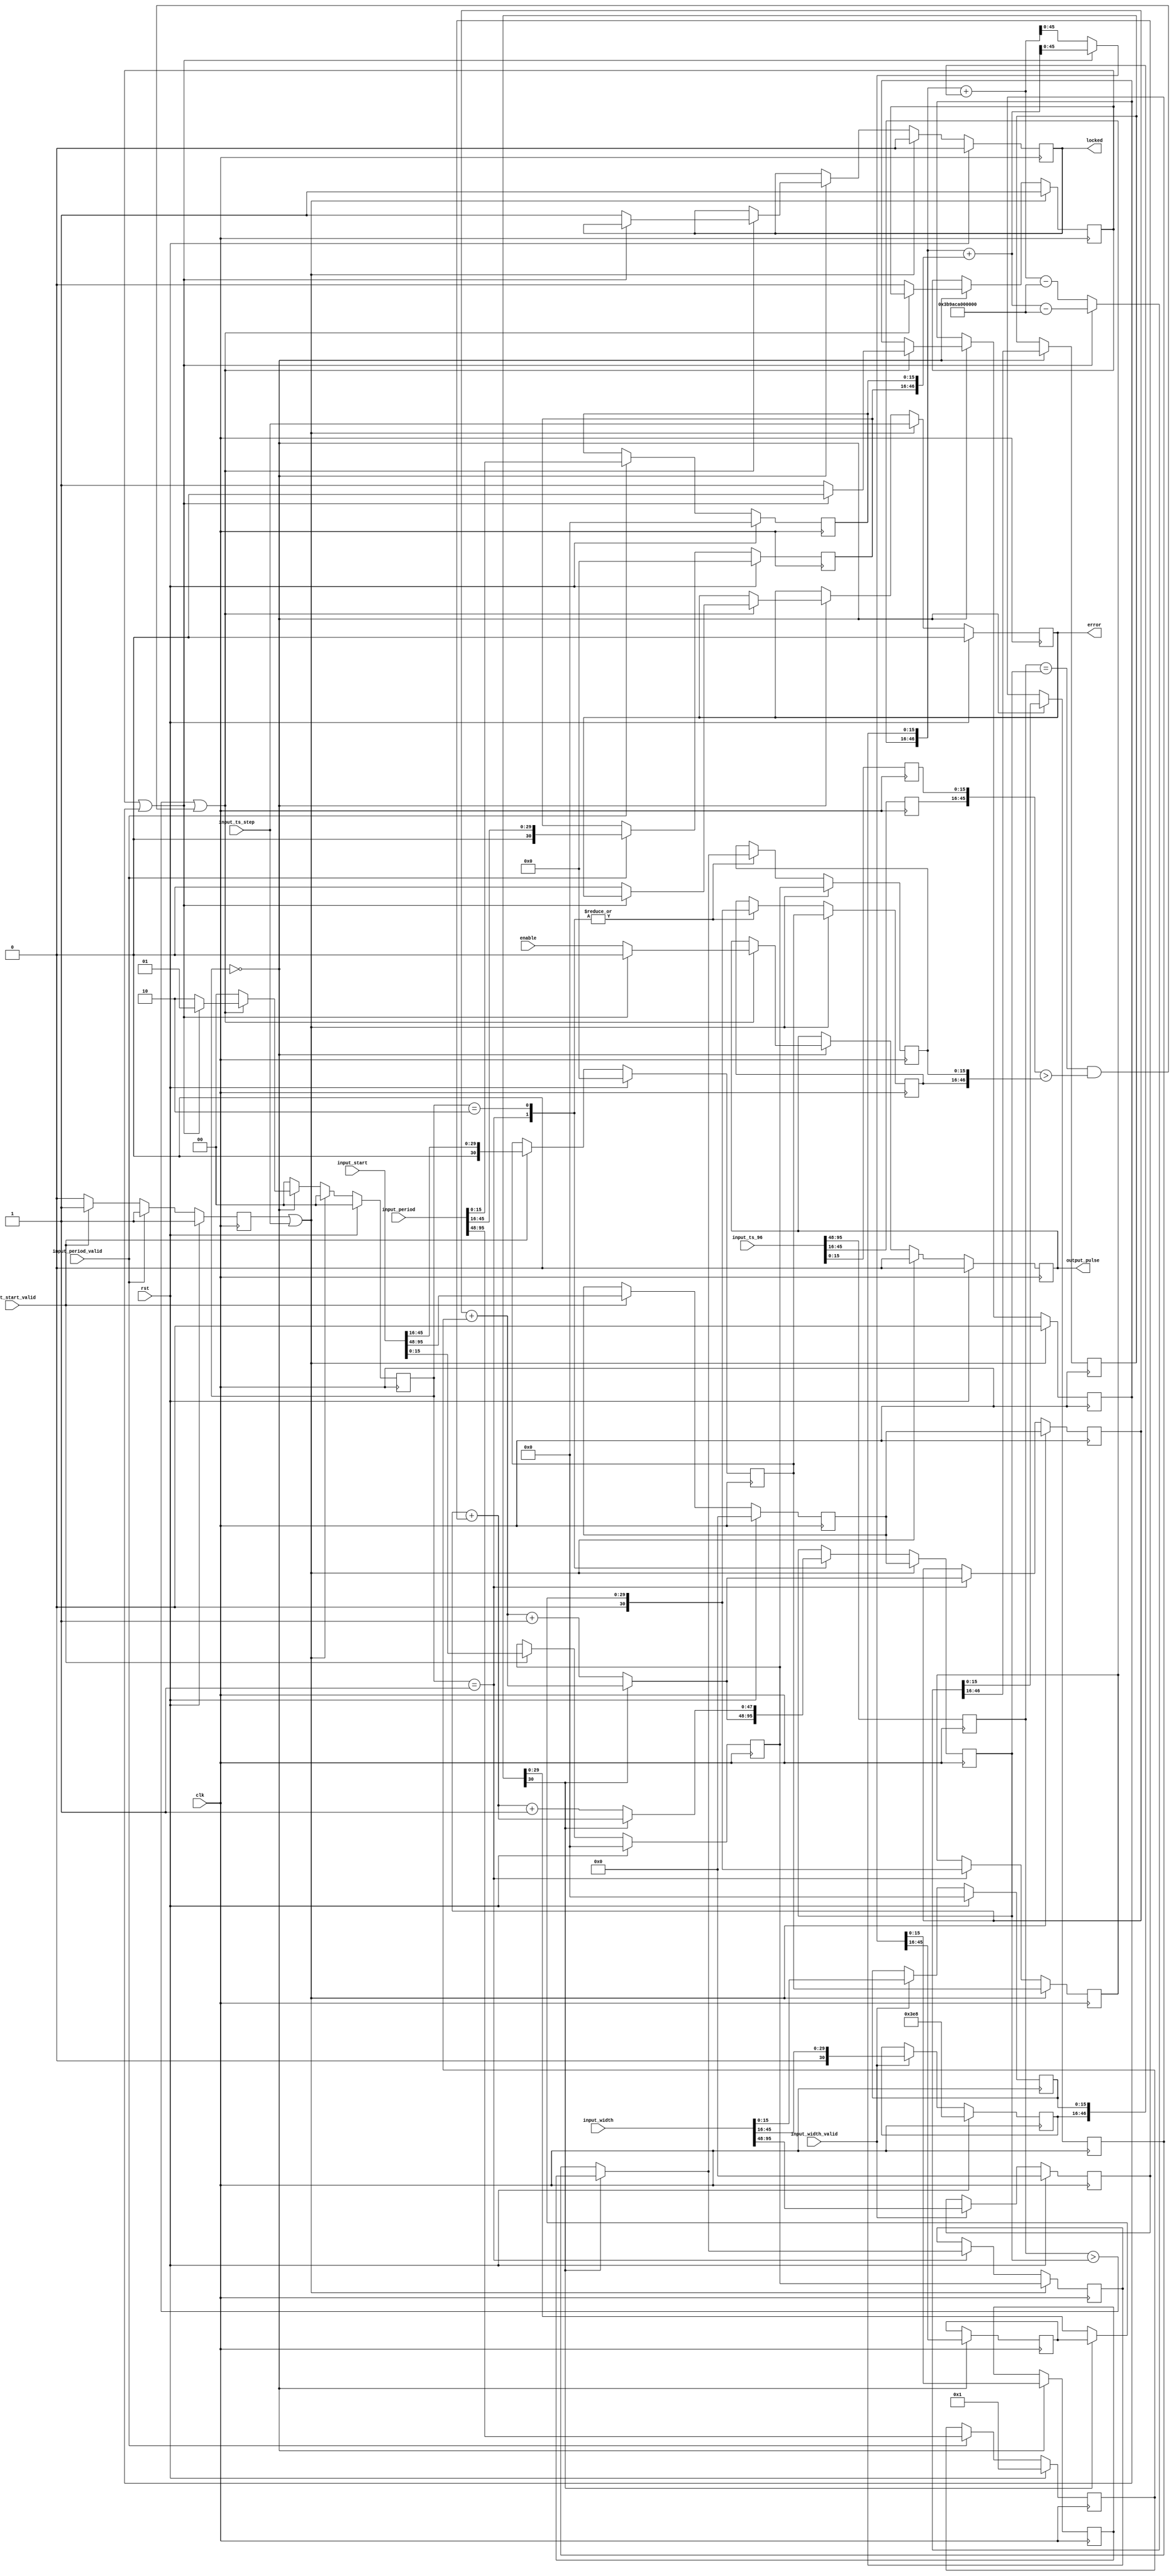
// This program was cloned from: https://github.com/alexforencich/verilog-ethernet
// License: MIT License

/*

Copyright (c) 2019-2024 Alex Forencich

Permission is hereby granted, free of charge, to any person obtaining a copy
of this software and associated documentation files (the "Software"), to deal
in the Software without restriction, including without limitation the rights
to use, copy, modify, merge, publish, distribute, sublicense, and/or sell
copies of the Software, and to permit persons to whom the Software is
furnished to do so, subject to the following conditions:

The above copyright notice and this permission notice shall be included in
all copies or substantial portions of the Software.

THE SOFTWARE IS PROVIDED "AS IS", WITHOUT WARRANTY OF ANY KIND, EXPRESS OR
IMPLIED, INCLUDING BUT NOT LIMITED TO THE WARRANTIES OF MERCHANTABILITY
FITNESS FOR A PARTICULAR PURPOSE AND NONINFRINGEMENT. IN NO EVENT SHALL THE
AUTHORS OR COPYRIGHT HOLDERS BE LIABLE FOR ANY CLAIM, DAMAGES OR OTHER
LIABILITY, WHETHER IN AN ACTION OF CONTRACT, TORT OR OTHERWISE, ARISING FROM,
OUT OF OR IN CONNECTION WITH THE SOFTWARE OR THE USE OR OTHER DEALINGS IN
THE SOFTWARE.

*/

// Language: Verilog 2001

`resetall
`timescale 1ns / 1ps
`default_nettype none

/*
 * PTP period out module
 */
module ptp_perout #
(
    parameter FNS_ENABLE = 1,
    parameter OUT_START_S = 48'h0,
    parameter OUT_START_NS = 30'h0,
    parameter OUT_START_FNS = 16'h0000,
    parameter OUT_PERIOD_S = 48'd1,
    parameter OUT_PERIOD_NS = 30'd0,
    parameter OUT_PERIOD_FNS = 16'h0000,
    parameter OUT_WIDTH_S = 48'h0,
    parameter OUT_WIDTH_NS = 30'd1000,
    parameter OUT_WIDTH_FNS = 16'h0000
)
(
    input  wire         clk,
    input  wire         rst,

    /*
     * Timestamp input from PTP clock
     */
    input  wire [95:0]  input_ts_96,
    input  wire         input_ts_step,

    /*
     * Control
     */
    input  wire         enable,
    input  wire [95:0]  input_start,
    input  wire         input_start_valid,
    input  wire [95:0]  input_period,
    input  wire         input_period_valid,
    input  wire [95:0]  input_width,
    input  wire         input_width_valid,

    /*
     * Status
     */
    output wire         locked,
    output wire         error,

    /*
     * Pulse output
     */
    output wire         output_pulse
);

localparam [1:0]
    STATE_IDLE = 3'd0,
    STATE_UPDATE_RISE = 3'd1,
    STATE_UPDATE_FALL = 3'd2;

reg [1:0] state_reg = STATE_IDLE, state_next;

reg [47:0] time_s_reg = 0;
reg [30:0] time_ns_reg = 0;
reg [15:0] time_fns_reg = 0;

reg [47:0] next_rise_s_reg = 0, next_rise_s_next;
reg [30:0] next_rise_ns_reg = 0, next_rise_ns_next;
reg [15:0] next_rise_fns_reg = 0, next_rise_fns_next;

reg [47:0] next_edge_s_reg = 0, next_edge_s_next;
reg [30:0] next_edge_ns_reg = 0, next_edge_ns_next;
reg [15:0] next_edge_fns_reg = 0, next_edge_fns_next;

reg [47:0] start_s_reg = OUT_START_S;
reg [30:0] start_ns_reg = OUT_START_NS;
reg [15:0] start_fns_reg = OUT_START_FNS;

reg [47:0] period_s_reg = OUT_PERIOD_S;
reg [30:0] period_ns_reg = OUT_PERIOD_NS;
reg [15:0] period_fns_reg = OUT_PERIOD_FNS;

reg [47:0] width_s_reg = OUT_WIDTH_S;
reg [30:0] width_ns_reg = OUT_WIDTH_NS;
reg [15:0] width_fns_reg = OUT_WIDTH_FNS;

reg [29:0] ts_96_ns_inc_reg = 0, ts_96_ns_inc_next;
reg [15:0] ts_96_fns_inc_reg = 0, ts_96_fns_inc_next;
reg [30:0] ts_96_ns_ovf_reg = 0, ts_96_ns_ovf_next;
reg [15:0] ts_96_fns_ovf_reg = 0, ts_96_fns_ovf_next;

reg restart_reg = 1'b1;
reg locked_reg = 1'b0, locked_next;
reg error_reg = 1'b0, error_next;
reg ffwd_reg = 1'b0, ffwd_next;
reg level_reg = 1'b0, level_next;
reg output_reg = 1'b0, output_next;

assign locked = locked_reg;
assign error = error_reg;
assign output_pulse = output_reg;

always @* begin
    state_next = STATE_IDLE;

    next_rise_s_next = next_rise_s_reg;
    next_rise_ns_next = next_rise_ns_reg;
    next_rise_fns_next = next_rise_fns_reg;

    next_edge_s_next = next_edge_s_reg;
    next_edge_ns_next = next_edge_ns_reg;
    next_edge_fns_next = next_edge_fns_reg;

    ts_96_ns_inc_next = ts_96_ns_inc_reg;
    ts_96_fns_inc_next = ts_96_fns_inc_reg;

    ts_96_ns_ovf_next = ts_96_ns_ovf_reg;
    ts_96_fns_ovf_next = ts_96_fns_ovf_reg;

    locked_next = locked_reg;
    error_next = error_reg;
    ffwd_next = ffwd_reg;
    level_next = level_reg;
    output_next = output_reg;

    case (state_reg)
        STATE_IDLE: begin
            if (ffwd_reg || level_reg) begin
                // fast forward or falling edge, set up for next rising edge
                // set next rise time to previous rise time plus period
                {ts_96_ns_inc_next, ts_96_fns_inc_next} = {next_rise_ns_reg, next_rise_fns_reg} + {period_ns_reg, period_fns_reg};
                {ts_96_ns_ovf_next, ts_96_fns_ovf_next} = {next_rise_ns_reg, next_rise_fns_reg} + {period_ns_reg, period_fns_reg} - {31'd1_000_000_000, 16'd0};
            end else begin
                // rising edge; set up for next falling edge
                // set next fall time to previous rise time plus width
                {ts_96_ns_inc_next, ts_96_fns_inc_next} = {next_rise_ns_reg, next_rise_fns_reg} + {width_ns_reg, width_fns_reg};
                {ts_96_ns_ovf_next, ts_96_fns_ovf_next} = {next_rise_ns_reg, next_rise_fns_reg} + {width_ns_reg, width_fns_reg} - {31'd1_000_000_000, 16'd0};
            end

            // wait for edge
            if ((time_s_reg > next_edge_s_reg) || (time_s_reg == next_edge_s_reg && {time_ns_reg, time_fns_reg} > {next_edge_ns_reg, next_edge_fns_reg})) begin
                if (ffwd_reg || level_reg) begin
                    // fast forward or falling edge, set up for next rising edge
                    output_next = 1'b0;
                    level_next = 1'b0;
                    state_next = STATE_UPDATE_RISE;
                end else begin
                    // rising edge; set up for next falling edge
                    locked_next = 1'b1;
                    error_next = 1'b0;
                    output_next = enable;
                    level_next = 1'b1;
                    state_next = STATE_UPDATE_FALL;
                end
            end else begin
                ffwd_next = 1'b0;
                state_next = STATE_IDLE;
            end
        end
        STATE_UPDATE_RISE: begin
            if (!ts_96_ns_ovf_reg[30]) begin
                // if the overflow lookahead did not borrow, one second has elapsed
                next_edge_s_next = next_rise_s_reg + period_s_reg + 1;
                next_edge_ns_next = ts_96_ns_ovf_reg;
                next_edge_fns_next = ts_96_fns_ovf_reg;
            end else begin
                // no increment seconds field
                next_edge_s_next = next_rise_s_reg + period_s_reg;
                next_edge_ns_next = ts_96_ns_inc_reg;
                next_edge_fns_next = ts_96_fns_inc_reg;
            end
            next_rise_s_next = next_edge_s_next;
            next_rise_ns_next = next_edge_ns_next;
            next_rise_fns_next = next_edge_fns_next;
            state_next = STATE_IDLE;
        end
        STATE_UPDATE_FALL: begin
            if (!ts_96_ns_ovf_reg[30]) begin
                // if the overflow lookahead did not borrow, one second has elapsed
                next_edge_s_next = next_rise_s_reg + width_s_reg + 1;
                next_edge_ns_next = ts_96_ns_ovf_reg;
                next_edge_fns_next = ts_96_fns_ovf_reg;
            end else begin
                // no increment seconds field
                next_edge_s_next = next_rise_s_reg + width_s_reg;
                next_edge_ns_next = ts_96_ns_inc_reg;
                next_edge_fns_next = ts_96_fns_inc_reg;
            end
            state_next = STATE_IDLE;
        end
    endcase

    if (restart_reg || input_ts_step) begin
        // set next rise and next edge to start time
        next_rise_s_next = start_s_reg;
        next_rise_ns_next = start_ns_reg;
        if (FNS_ENABLE) begin
            next_rise_fns_next = start_fns_reg;
        end
        next_edge_s_next = start_s_reg;
        next_edge_ns_next = start_ns_reg;
        if (FNS_ENABLE) begin
            next_edge_fns_next = start_fns_reg;
        end
        locked_next = 1'b0;
        ffwd_next = 1'b1;
        output_next = 1'b0;
        level_next = 1'b0;
        error_next = input_ts_step;
        state_next = STATE_IDLE;
    end
end

always @(posedge clk) begin
    state_reg <= state_next;
    restart_reg <= 1'b0;

    time_s_reg <= input_ts_96[95:48];
    time_ns_reg <= input_ts_96[45:16];
    if (FNS_ENABLE) begin
        time_fns_reg <= input_ts_96[15:0];
    end

    if (input_start_valid) begin
        start_s_reg <= input_start[95:48];
        start_ns_reg <= input_start[45:16];
        if (FNS_ENABLE) begin
            start_fns_reg <= input_start[15:0];
        end
        restart_reg <= 1'b1;
    end

    if (input_period_valid) begin
        period_s_reg <= input_period[95:48];
        period_ns_reg <= input_period[45:16];
        if (FNS_ENABLE) begin
            period_fns_reg <= input_period[15:0];
        end
        restart_reg <= 1'b1;
    end

    if (input_width_valid) begin
        width_s_reg <= input_width[95:48];
        width_ns_reg <= input_width[45:16];
        if (FNS_ENABLE) begin
            width_fns_reg <= input_width[15:0];
        end
    end

    next_rise_s_reg <= next_rise_s_next;
    next_rise_ns_reg <= next_rise_ns_next;
    if (FNS_ENABLE) begin
        next_rise_fns_reg <= next_rise_fns_next;
    end

    next_edge_s_reg <= next_edge_s_next;
    next_edge_ns_reg <= next_edge_ns_next;
    if (FNS_ENABLE) begin
        next_edge_fns_reg <= next_edge_fns_next;
    end

    ts_96_ns_inc_reg <= ts_96_ns_inc_next;
    if (FNS_ENABLE) begin
        ts_96_fns_inc_reg <= ts_96_fns_inc_next;
    end

    ts_96_ns_ovf_reg <= ts_96_ns_ovf_next;
    if (FNS_ENABLE) begin
        ts_96_fns_ovf_reg <= ts_96_fns_ovf_next;
    end

    locked_reg <= locked_next;
    error_reg <= error_next;
    ffwd_reg <= ffwd_next;
    level_reg <= level_next;
    output_reg <= output_next;

    if (rst) begin
        state_reg <= STATE_IDLE;

        start_s_reg <= OUT_START_S;
        start_ns_reg <= OUT_START_NS;
        start_fns_reg <= OUT_START_FNS;

        period_s_reg <= OUT_PERIOD_S;
        period_ns_reg <= OUT_PERIOD_NS;
        period_fns_reg <= OUT_PERIOD_FNS;

        width_s_reg <= OUT_WIDTH_S;
        width_ns_reg <= OUT_WIDTH_NS;
        width_fns_reg <= OUT_WIDTH_FNS;

        restart_reg <= 1'b1;
        locked_reg <= 1'b0;
        error_reg <= 1'b0;
        output_reg <= 1'b0;
    end
end

endmodule

`resetall